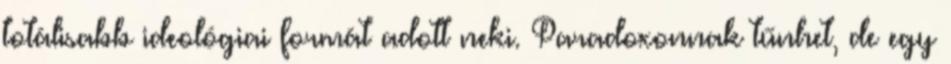
totálisabb ideológiai formát adott neki. Paradoxonnak tűnhet, de egy